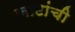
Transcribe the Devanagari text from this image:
जाटांची